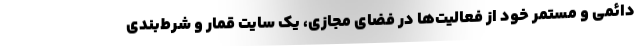
دائمی و مستمر خود از فعالیت‌ها در فضای مجازی، یک سایت قمار و شرط‌بندی